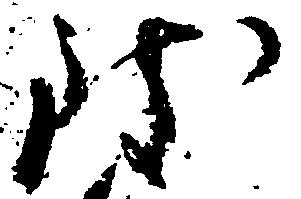
致